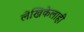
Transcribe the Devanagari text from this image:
लेखिकेलाही